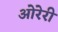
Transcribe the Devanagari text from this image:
ओरेरी